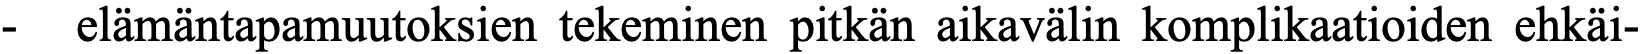
-  elämäntapamuutoksien tekeminen pitkän aikavälin komplikaatioiden ehkäi-